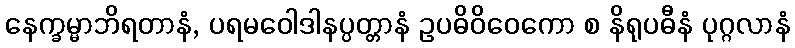
နေက္ခမ္မာဘိရတာနံ, ပရမဝေါဒါနပ္ပတ္တာနံ ဥပဓိဝိဝေကော စ နိရုပဓီနံ ပုဂ္ဂလာနံ